Vaccination in Bombay 1874-1876 - 1874-1876
Year: 1874
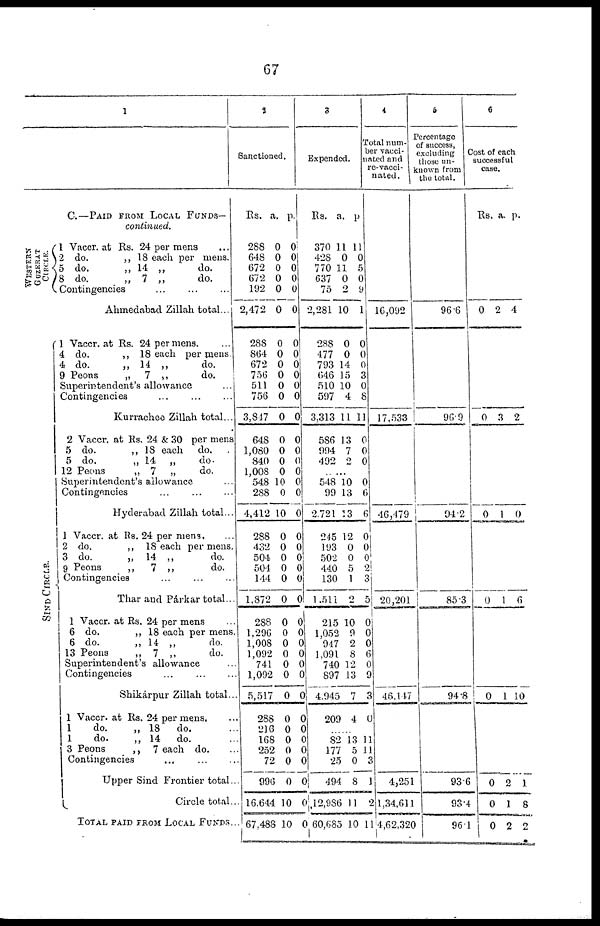
67
1
C.—PAID FROM LOCAL FUNDS—
continued.
WESTERN
GUZERAT
CIRCLE.
SIND CIRCLE.
1 Vaccr. at Rs. 24 per mens ...
2 do.
„ 18 each per mens.
5 do.
„ 14 „
do.
8 do.
„ 7 „
do.
Contingencies ... ... ...
Ahmedabad Zillah total...
1 Vaccr. at Rs. 24 per mens. ...
4 do.
„ 18 each per mens.
4 do.
„ 14 „
do.
9 Peons
„ 7 „
do.
Superintendent's allowance ...
Contingencies ... ... ...
Kurrachee Zillah total...
2 Vaccr. at Rs. 24 & 30 per mens
5 do.
„ 18 each do.
5 do.
„ 14 „
do.
12 Peons
„ 7 „
do.
Superintendent's allowance ...
Contingencies ... ... ...
Hyderabad Zillah total...
1 Vaccr. at Rs. 24 per mens. ...
2 do.
„ 18 each per mens.
3 do.
„ 14 „
do.
9 Peons
„
7 „
do.
Contingencies ... ... ...
Thar and Párkar total...
1 Vaccr. at Rs. 24 per mens ...
6 do.
„ 18 each per mens.
6 do.
„ 14 „
do.
13 Peons
„ 7 „
do.
Superintendent's allowance ...
Contingencies
...
...
...
Shikárpur Zillah total...
1 Vaccr. at Rs. 24 per mens. ...
1
do.
„ 18
do. ...
1
do.
„ 14
do. ...
3 Peons
„ 7 each do. ...
Contingencies ... ... ...
Upper Sind Frontier total...
Circle total ...
TOTAL PAID FROM LOCAL FUNDS...
2
Sanctioned.
Rs.
288
648
672
672
192
2,472
288
864
672
756
511
756
3,847
648
1,080
840
1,008
548
288
4,412
288
432
504
504
144
1,872
288
1,296
1,008
1,092
741
1,092
5,517
288
216
168
252
72
996
16,644
67,488
a.
0
0
0
0
0
0
0
0
0
0
0
0
0
0
0
0
0
10
0
10
0
0
0
0
0
0
0
0
0
0
0
0
0
0
0
0
0
0
0
10
10
p.
0
0
0
0
0
0
0
0
0
0
0
0
0
0
0
0
0
0
0
0
0
0
0
0
0
0
0
0
0
0
0
0
0
0
0
0
0
0
0
0
0
3
Expended.
Rs.
370
428
770
637
75
2,281
288
477
793
646
510
597
3,313
586
994
492
a.
11
0
11
0
2
10
0
0
14
15
10
4
11
13
7
2
p.
11
0
5
0
9
1
0
0
0
3
0
8
11
0
0
0
......
548
99
2,721
245
193
502
440
130
1,511
215
1,052
947
1,091
740
897
4,945
209
10
13
13
12
0
0
5
1
2
10
9
2
8
12
13
7
4
0
6
6
0
0
0 2
3
5
0
0
0
6
0
9
3
0
......
82
177
25
494
12,986
60,685
13
5
0
8
11
10
11
11
3
1
2
11
4
Total num¬
ber vacci¬
nated and
re-vacci¬
nated.
16,092
17,533
46,479
20,201
46,147
4,251
1,34,611
4,62,320
5
Percentage
of success,
excluding
those un-
known from
the total.
96.6
96.9
94.2
85.3
94.8
93.6
93.4
96.1
6
Cost of each
successful
case.
Rs.
0
0
0
0
0
0
0
0
a.
2
3
1
1
1
2
1
2
p.
4
2
0
6
10
1
8
2